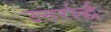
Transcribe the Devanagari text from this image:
उत्तर्रार्द्ध